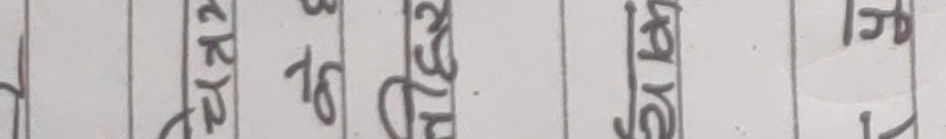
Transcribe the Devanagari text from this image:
र आरआर
१६ मा
बायोस
रा